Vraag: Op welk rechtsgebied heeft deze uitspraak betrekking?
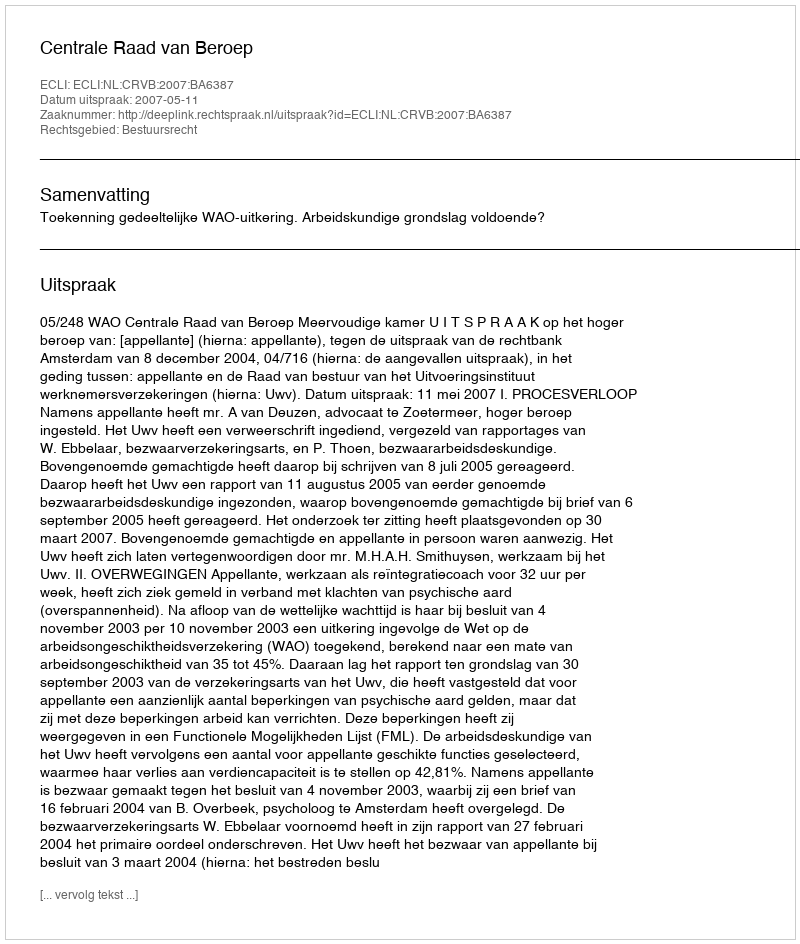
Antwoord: Bestuursrecht